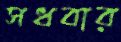
সধবার